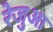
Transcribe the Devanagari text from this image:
रेजुआ